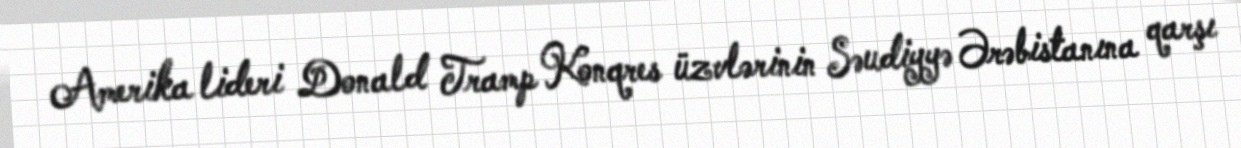
Amerika lideri Donald Tramp Konqres üzvlərinin Səudiyyə Ərəbistanına qarşı